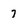
Character: 7